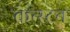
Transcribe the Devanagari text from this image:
क्रेन्स्टन